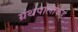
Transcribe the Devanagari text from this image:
ग्रंथपालांकडे